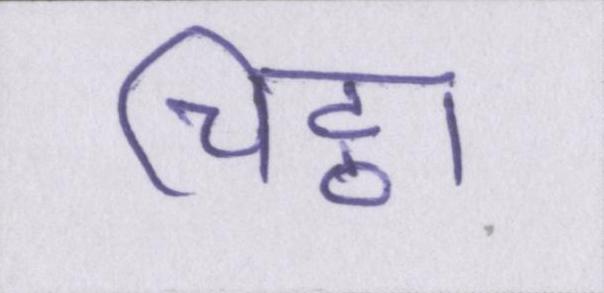
चिट्ठा